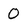
Character: 0